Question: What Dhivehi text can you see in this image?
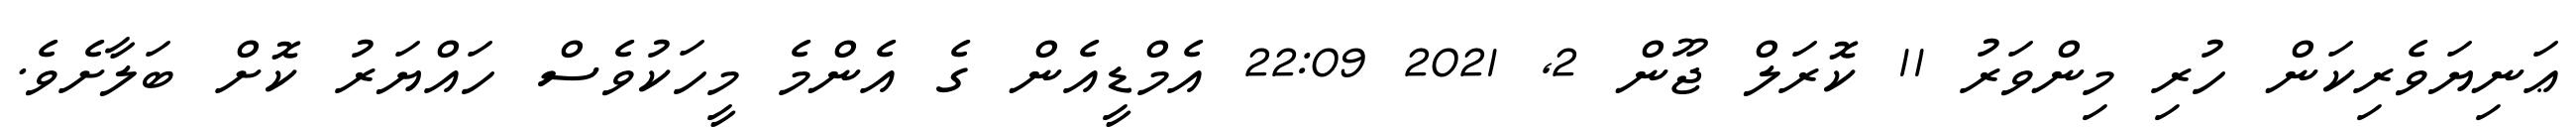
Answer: ޢަނިޔަވެރިކަން ހުރި މިންވަރު 11 ކޮރަލް ޖޫން 2, 2021 22:09 އެމްޑީއެން ގެ އެންމެ މީހަކުވެސް ހައްޔަރު ކޮށް ބަލާށެވެ.